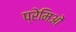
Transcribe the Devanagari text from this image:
प्रेमिओं